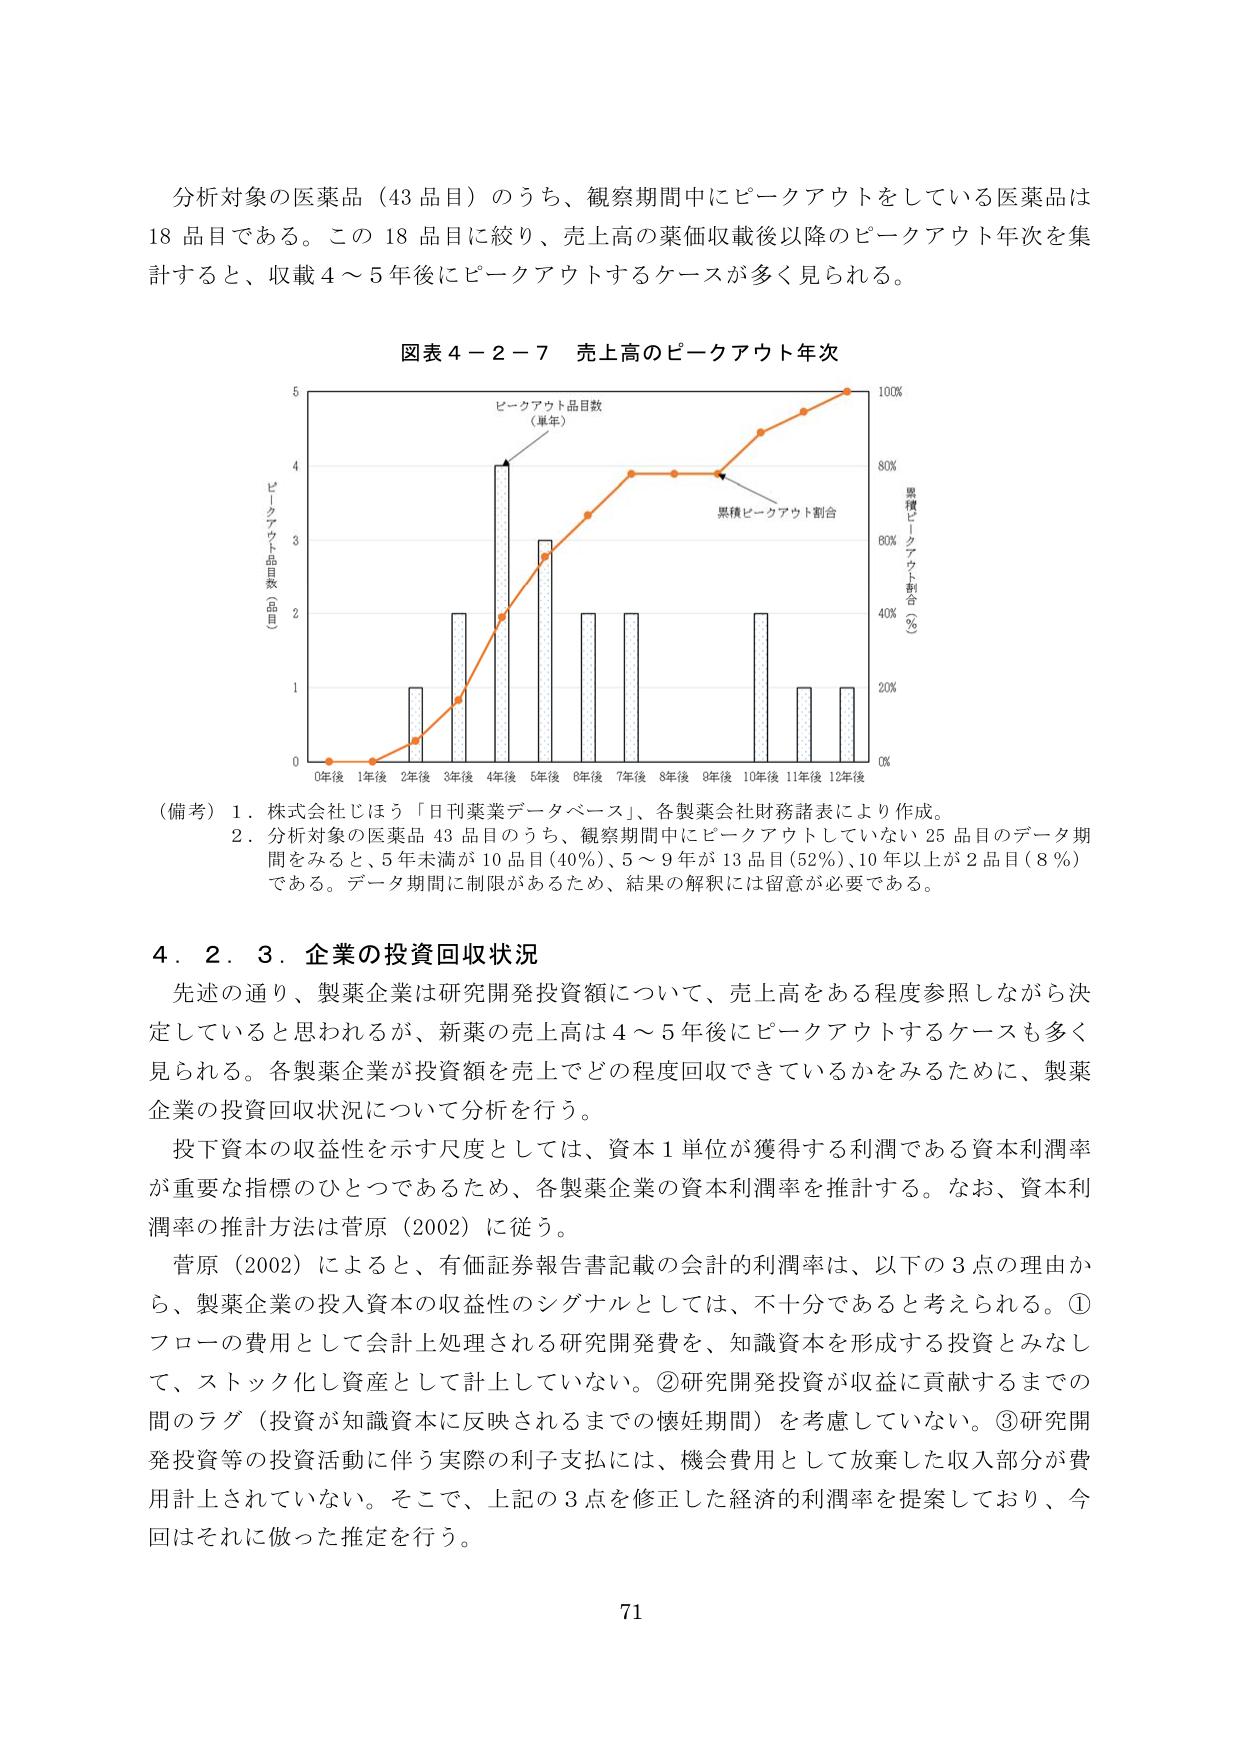
分析対象の医薬品（43品目）のうち、観察期間中にピークアウトをしている医薬品は18品目である。この18品目に絞り、売上高の薬価収載後以降のピークアウト年次を集計すると、収載4～5年後にピークアウトするケースが多く見られる。

図表4－2－7 売上高のピークアウト年次

（備考）1．株式会社じほう「日刊薬業データベース」、各製薬会社財務諸表により作成。
　　　2．分析対象の医薬品43品目のうち、観察期間中にピークアウトしていない25品目のデータ期間をみると、5年未満が10品目（40％）、5～9年が13品目（52％）、10年以上が2品目（8％）である。データ期間に制限があるため、結果の解釈には留意が必要である。

4．2．3．企業の投資回収状況
先述の通り、製薬企業は研究開発投資額について、売上高をある程度参照しながら決定していると思われるが、新薬の売上高は4～5年後にピークアウトするケースも多く見られる。各製薬企業が投資額を売上でどの程度回収できているかをみるために、製薬企業の投資回収状況について分析を行う。
投下資本の収益性を示す尺度としては、資本1単位が獲得する利潤である資本利潤率が重要な指標のひとつであるため、各製薬企業の資本利潤率を推計する。なお、資本利潤率の推計方法は菅原（2002）に従う。
菅原（2002）によると、有価証券報告書記載の会計的利潤率は、以下の3点の理由から、製薬企業の投入資本の収益性のシグナルとしては、不十分であると考えられる。①フローの費用として会計上処理される研究開発費を、知識資本を形成する投資とみなし、ストック化し資産として計上していない。②研究開発投資が収益に貢献するまでの間のラグ（投資が知識資本に反映されるまでの懐妊期間）を考慮していない。③研究開発投資等の投資活動に伴う実際の利子支払には、機会費用として放棄した収入部分が費用計上されていない。そこで、上記の3点を修正した経済的利潤率を提案しており、今回はそれに倣った推定を行う。

71